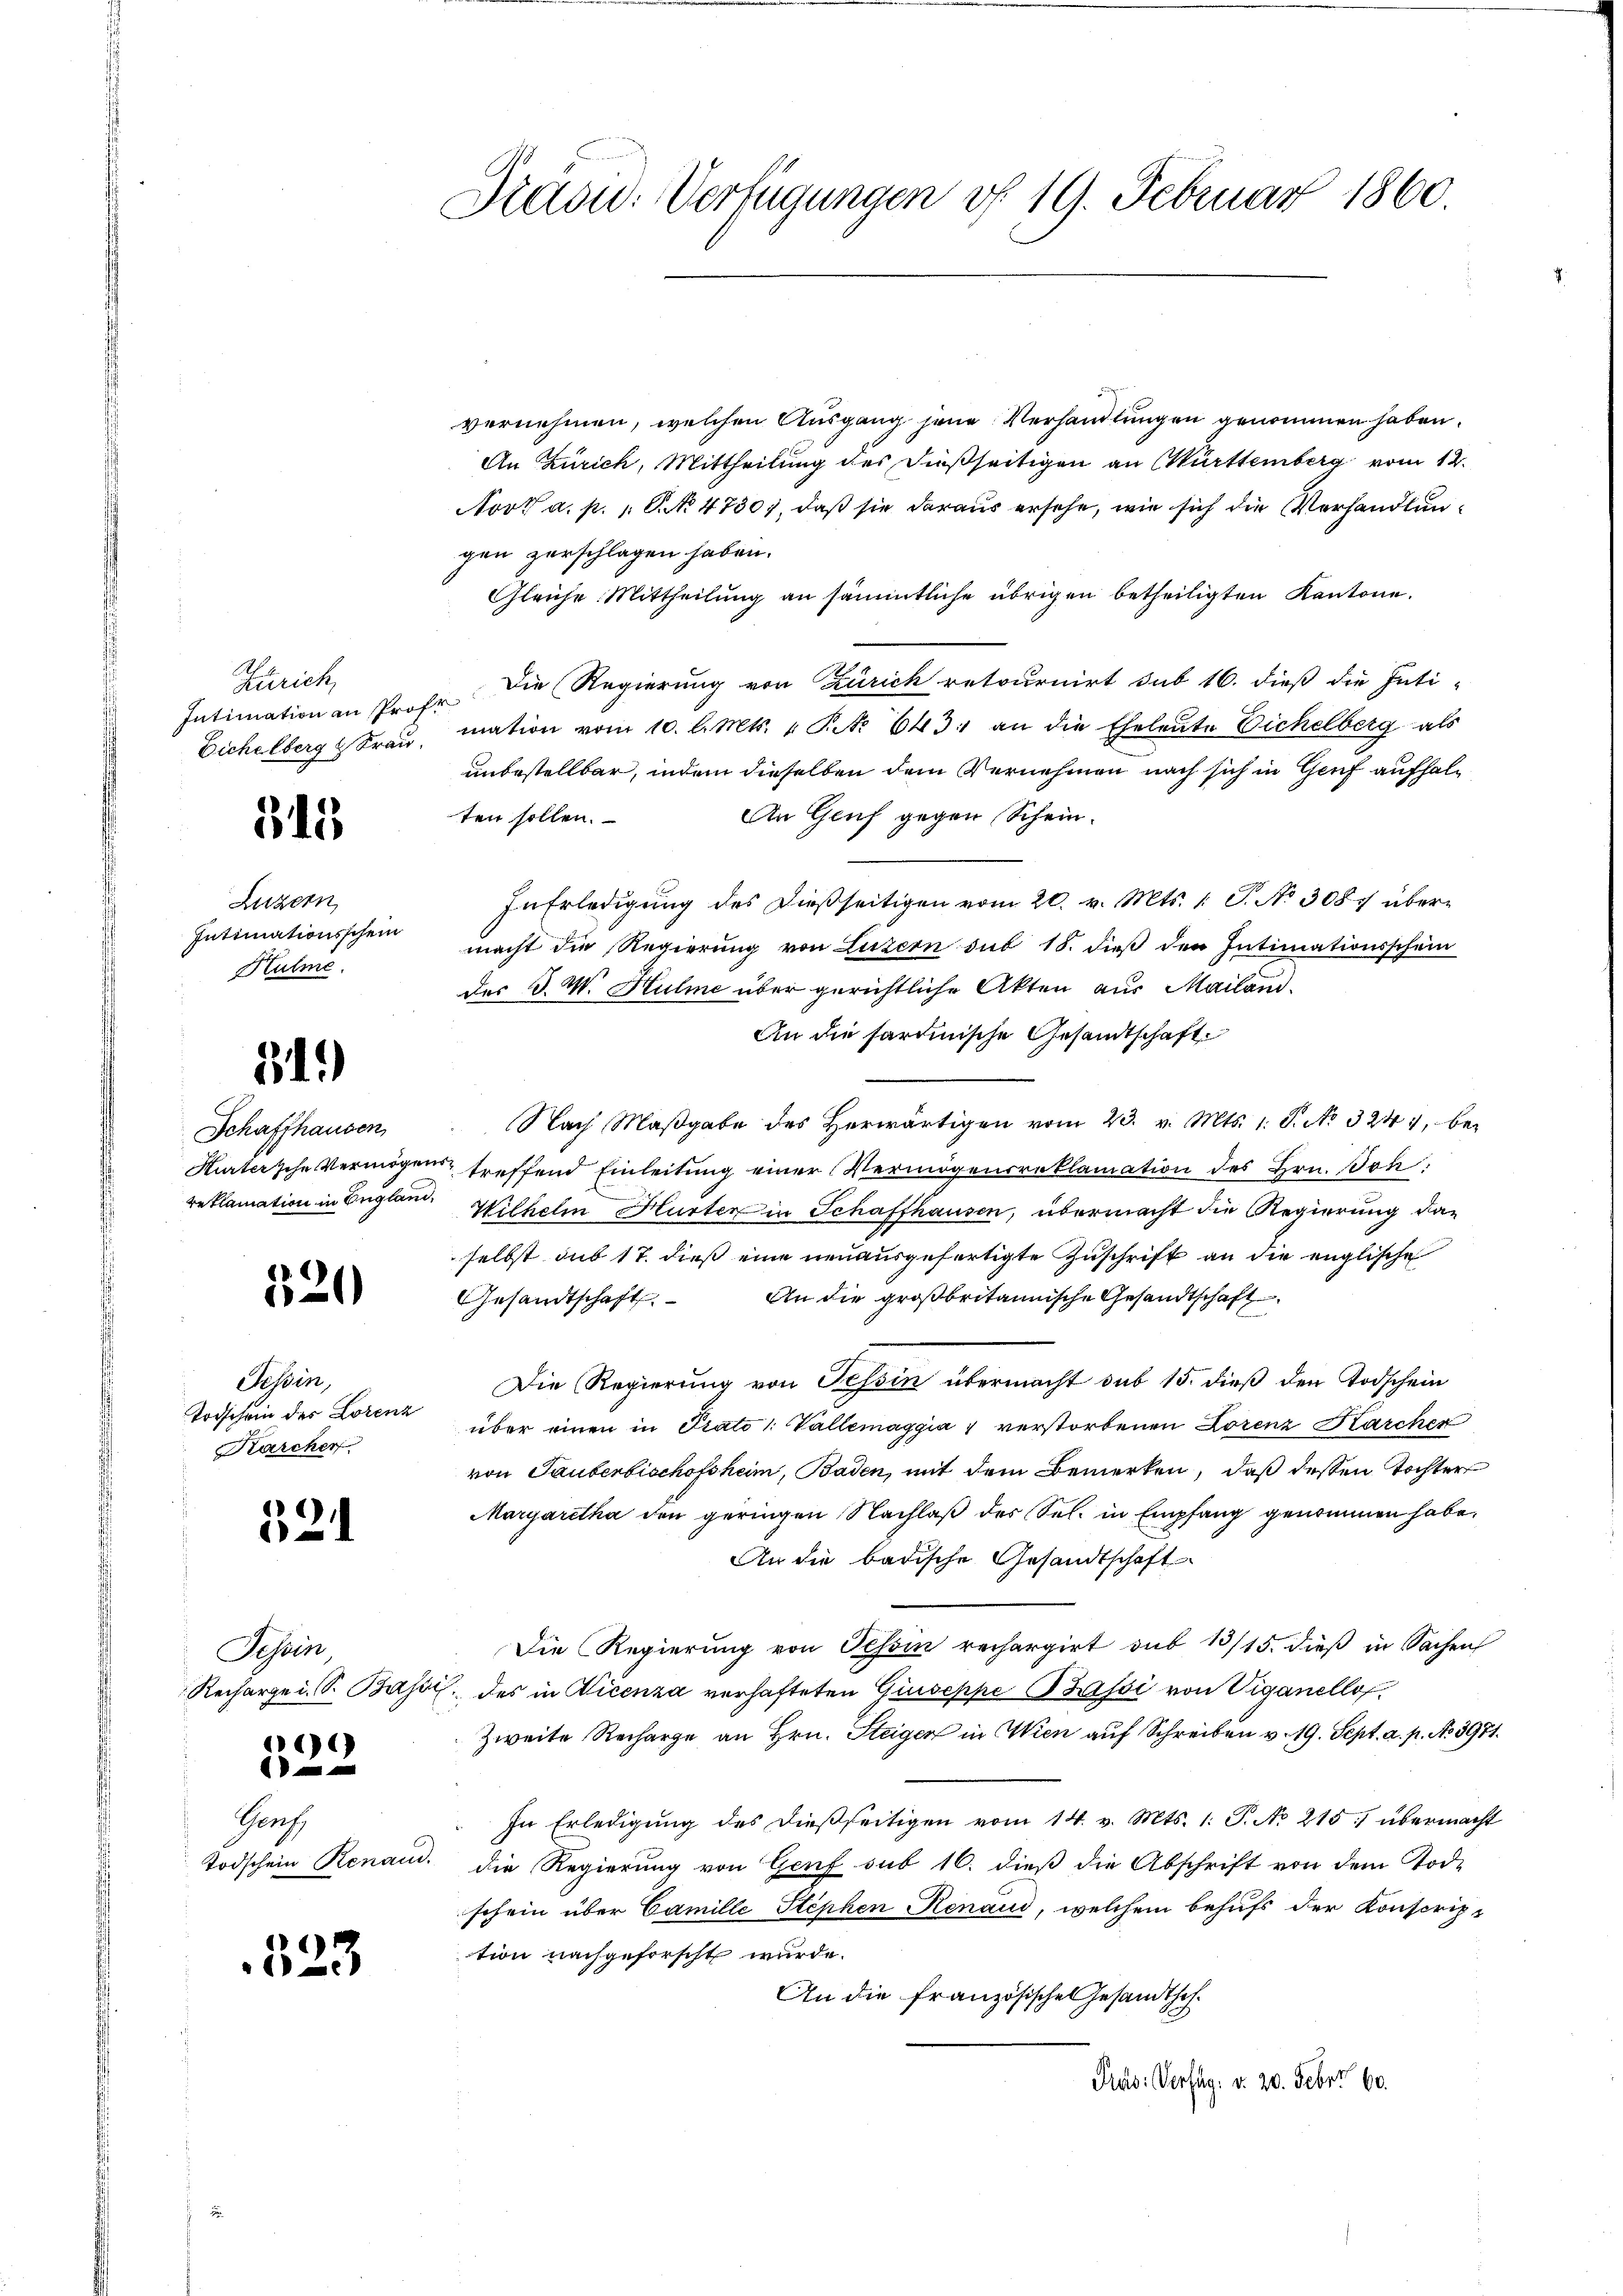
Zürich,
Intimation an Prof.

315

Luzern
Intimationsschein
Hulme

31.)

Schaffhausen

1
2

Tessin,
Todschein des Lorenz
Karcher

521

Tessin,

)

Ganz

323

Präsid.. Verfügungen v. 19. Februar 1860.

vernehmen, welchen Ausgang jene Verhandlungen genommen haben.
An Zürich, Mittheilung des dießseitigen an Württemberg vom 12.
Novt a. p. 1. P. No 4730), daß sie daraus ersehe, wie sich die Verhandlungen zerschlagen haben.
Gleiche Mittheilung an sämmtliche übrigen betheiligten Kantone.
Die Regierung von Zürich retournirt sub 16. dieß die Inti-
Eichelberg  Fraŭ, mation vom 10. l. Mts. 1 S. 643. an die Eheleute Eichelberg als
unbestellbar, indem dieselben dem Vernehmen nach sich in Genf aufhal¬
An Genf gegen Scheinten sollen.
In Erledigung des dießseitigen vom 20. v. Mts. 1 S. No 308 übermacht die Regierŭng von Luzern sub 18. dieβ den Intimationsschein
des d. M. Hulme über gerichtliche Akten aus Mailand.
An die sardinische Gesandtschaft
Nach Maβgabe des herwärtigen vom 23. v. Mts. 1. S. No 3241, be¬
Hurtersche Vermögens treffend Einleitung einer Vermögensreklamation des Hrn. Boh
reklamation in England. Wilhelm Hurter in Schaffhausen, übermacht die Regierung dan
selbst sub 17. dieß eine neuausgefertigte Zuschrift an die englische
An die großbritannische Gesandtschaft
Gesandtschaft
Die Regierung von Tessin übermacht sub 15. dieß den Todschein
über einen in Prato 1: Vallemaggia 1 verstorbenen Lorenz Karcher
von Tauberbischofsheim, Baden, mit dem Bemerken, daß dessen Tochter
Margaretha den geringen Nachlaß des Sel. in Empfang genommen habe,
An die badische Gesandtschaft
Die Regierung von Tessin rechargirt sub 13/15. dieß in Sachen
Rechargei. S. Bassi, des in Vicenza verhafteten Giuseppe Bssi von Viganello.
Zweite Recharge an Hrn. Steigen in Wien auf Schreiben v. 19. Sept. a. p. No. 3971.
In Erledigung des dießseitigen vom 14. v. Mts. 1. J. No 215) übermacht
Todschein Renau. die Regierung von Genf sub 16. dieß die Abschrift von dem Tode
schein über Camille Stephen Renaud, welchem behufs der Konscrip-
tion nachgeforscht wurde.
An die Französischen Gesandtsch.
Präs: Verfug. v. 20. Febr. 160.